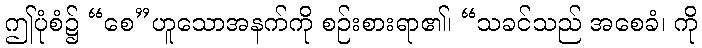
ဤပုံစံ၌ “စေ”ဟူသောအနက်ကို စဉ်းစားရာ၏၊ “သခင်သည် အစေခံ၊ ကို